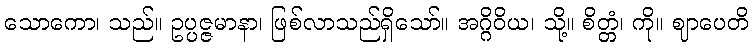
သောကော၊ သည်။ ဥပ္ပဇ္ဇမာနာ၊ ဖြစ်လာသည်ရှိသော်။ အဂ္ဂိဝိယ၊ သို့။ စိတ္တံ၊ ကို။ ဈာပေတိ